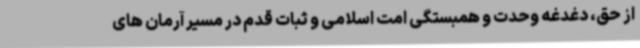
از حق، دغدغه وحدت و همبستگی امت اسلامی و ثبات قدم در مسیر آرمان های